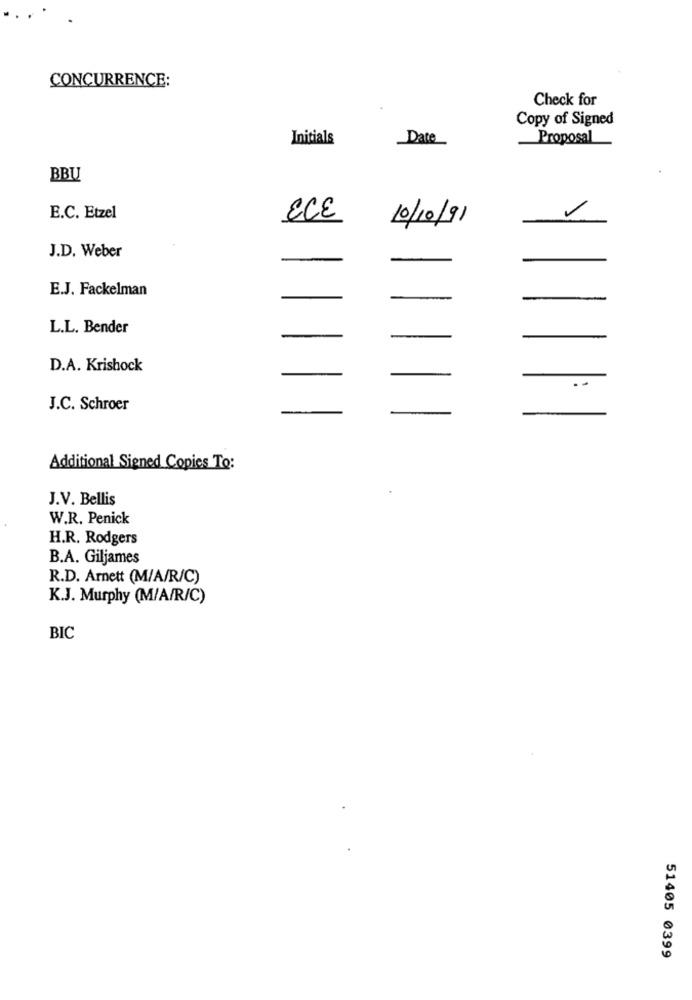
CONCURRENCE:
Check for
Copy of Signed
Initials
Date
Proposal
BBU
E.C. Etzel
ECE
10/10/91
J.D. Weber
E.J. Fackelman
-
L.L. Bender
D.A. Krishock
J.C. Schroer
Additional Signed Copies To:
J.V. Bellis
W.R. Penick
H.R. Rodgers
B.A. Giljames
R.D. Arnett (M/A/R/C)
K.J. Murphy (M/A/R/C)
BIC
51405 0399